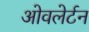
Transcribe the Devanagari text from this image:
ओवलेर्टन